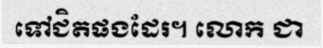
ទៅជិតផងដែរ។ លោក ជា